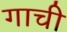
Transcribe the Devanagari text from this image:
गाची